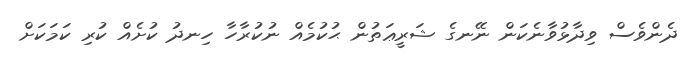
ދެންވެސް ވިދާޅުވާނެކަން ނޭނގެ ޝަރީޢަތުން ޙުކުމެއް ނުކުރާހާ ހިނދު ކުށެއް ކުރި ކަމަކަށް